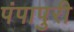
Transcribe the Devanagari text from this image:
पंपापुरी